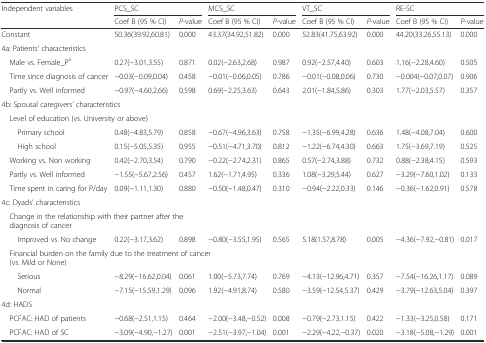
<table><thead><tr><td rowspan="2"><b>Independent variables</b></td><td colspan="2"><b>PCS_SC</b></td><td colspan="2"><b>MCS_SC</b></td><td colspan="2"><b>VT_SC</b></td><td colspan="2"><b>RE-SC</b></td></tr><tr><td><b>Coef B (95 % CI)</b></td><td><b><i>P</i>-value</b></td><td><b>Coef B (95 % CI)</b></td><td><b><i>P</i>-value</b></td><td><b>Coef B (95 % CI)</b></td><td><b><i>P</i>-value</b></td><td><b>Coef B (95 % CI)</b></td><td><b><i>P</i>-value</b></td></tr></thead><tbody><tr><td>Constant</td><td>50.36(39.92,60.81)</td><td>0.000</td><td>43.37(34.92,51.82)</td><td>0.000</td><td>52.83(41.75,63.92)</td><td>0.000</td><td>44.20(33.26,55.13)</td><td>0.000</td></tr><tr><td>4a: Patients’ characteristics</td><td></td><td></td><td></td><td></td><td></td><td></td><td></td><td></td></tr><tr><td> Male vs. Female_P<sup>a</sup></td><td>0.27(−3.01,3.55)</td><td>0.871</td><td>0.02(−2.63,2.68)</td><td>0.987</td><td>0.92(−2.57,4.40)</td><td>0.603</td><td>1.16(−2.28,4.60)</td><td>0.505</td></tr><tr><td> Time since diagnosis of cancer</td><td>−0.03(−0.09,0.04)</td><td>0.458</td><td>−0.01(−0.06,0.05)</td><td>0.786</td><td>−0.01(−0.08,0.06)</td><td>0.730</td><td>−0.004(−0.07,0.07)</td><td>0.906</td></tr><tr><td> Partly vs. Well informed</td><td>−0.97(−4.60,2.66)</td><td>0.598</td><td>0.69(−2.25,3.63)</td><td>0.643</td><td>2.01(−1.84,5.86)</td><td>0.303</td><td>1.77(−2.03,5.57)</td><td>0.357</td></tr><tr><td colspan="2">4b: Spousal caregivers’ characteristics</td><td></td><td></td><td></td><td></td><td></td><td></td><td></td></tr><tr><td colspan="2"> Level of education (vs. University or above)</td><td></td><td></td><td></td><td></td><td></td><td></td><td></td></tr><tr><td>Primary school</td><td>0.48(−4.83,5.79)</td><td>0.858</td><td>−0.67(−4.96,3.63)</td><td>0.758</td><td>−1.35(−6.99,4.28)</td><td>0.636</td><td>1.48(−4.08,7.04)</td><td>0.600</td></tr><tr><td>High school</td><td>0.15(−5.05,5.35)</td><td>0.955</td><td>−0.51(−4.71,3.70)</td><td>0.812</td><td>−1.22(−6.74,4.30)</td><td>0.663</td><td>1.75(−3.69,7.19)</td><td>0.525</td></tr><tr><td> Working vs. Non working</td><td>0.42(−2.70,3.54)</td><td>0.790</td><td>−0.22(−2.74,2.31)</td><td>0.865</td><td>0.57(−2.74,3.88)</td><td>0.732</td><td>0.88(−2.38,4.15)</td><td>0.593</td></tr><tr><td> Partly vs. Well informed</td><td>−1.55(−5.67,2.56)</td><td>0.457</td><td>1.62(−1.71,4.95)</td><td>0.336</td><td>1.08(−3.29,5.44)</td><td>0.627</td><td>−3.29(−7.60,1.02)</td><td>0.133</td></tr><tr><td> Time spent in caring for P/day</td><td>0.09(−1.11,1.30)</td><td>0.880</td><td>−0.50(−1.48,0.47)</td><td>0.310</td><td>−0.94(−2.22,0.33)</td><td>0.146</td><td>−0.36(−1.62,0.91)</td><td>0.578</td></tr><tr><td>4c: Dyads’ characteristics</td><td></td><td></td><td></td><td></td><td></td><td></td><td></td><td></td></tr><tr><td colspan="3"> Change in the relationship with their partner after the diagnosis of cancer</td><td></td><td></td><td></td><td></td><td></td><td></td></tr><tr><td>Improved vs. No change</td><td>0.22(−3.17,3.62)</td><td>0.898</td><td>−0.80(−3.55,1.95)</td><td>0.565</td><td>5.18(1.57,8.78)</td><td>0.005</td><td>−4.36(−7.92,−0.81)</td><td>0.017</td></tr><tr><td colspan="4"> Financial burden on the family due to the treatment of cancer (vs. Mild or None)</td><td></td><td></td><td></td><td></td><td></td></tr><tr><td>Serious</td><td>−8.29(−16.62,0.04)</td><td>0.061</td><td>1.00(−5.73,7.74)</td><td>0.769</td><td>−4.13(−12.96,4.71)</td><td>0.357</td><td>−7.54(−16.26,1.17)</td><td>0.089</td></tr><tr><td>Normal</td><td>−7.15(−15.59,1.29)</td><td>0.096</td><td>1.92(−4.91,8.74)</td><td>0.580</td><td>−3.59(−12.54,5.37)</td><td>0.429</td><td>−3.79(−12.63,5.04)</td><td>0.397</td></tr><tr><td>4d: HADS</td><td></td><td></td><td></td><td></td><td></td><td></td><td></td><td></td></tr><tr><td> PCFAC: HAD of patients</td><td>−0.68(−2.51,1.15)</td><td>0.464</td><td>−2.00(−3.48,−0.52)</td><td>0.008</td><td>−0.79(−2.73,1.15)</td><td>0.422</td><td>−1.33(−3.25,0.58)</td><td>0.171</td></tr><tr><td> PCFAC: HAD of SC</td><td>−3.09(−4.90,−1.27)</td><td>0.001</td><td>−2.51(−3.97,−1.04)</td><td>0.001</td><td>−2.29(−4.22,−0.37)</td><td>0.020</td><td>−3.18(−5.08,−1.29)</td><td>0.001</td></tr></tbody></table>